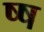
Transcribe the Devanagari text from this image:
ष्ष